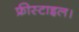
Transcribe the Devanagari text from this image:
फ्रीस्टाइल।